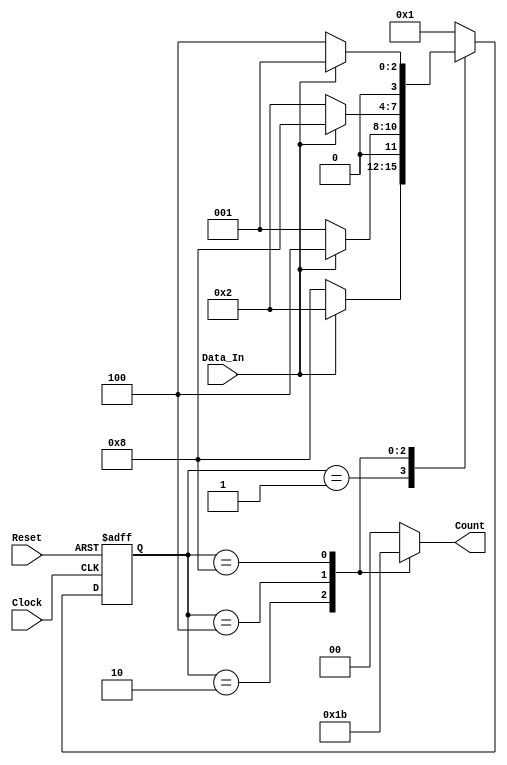
module bit_binary_up_down (
    output reg [1:0] Count,
    input wire Data_In, Clock, Reset
);

    // Declaration
    reg [3:0] Current_State, Next_State;
    parameter   C0 = 4'b0001,
                C1 = 4'b0010,
                C2 = 4'b0100,
                C3 = 4'b1000;

    // State memory
    always @ (posedge Clock or negedge Reset)
        begin
            if (!Reset)
                Current_State <= C0;
            else
                Current_State <= Next_State;
        end

    // Next state
    always @ (Current_State or Data_In)
        begin
            case (Current_State)
                C0      : if (Data_In == 1'b1) Next_State = C1;
                          else Next_State = C3;
                C1      : if (Data_In == 1'b1) Next_State = C2;
                          else Next_State = C0;
                C2      : if (Data_In == 1'b1) Next_State = C3;
                          else Next_State = C1;
                C3      : if (Data_In == 1'b1) Next_State = C0;
                          else Next_State = C2;
                default : Next_State = C0;
            endcase
        end

    // Output logic
    always @ (Current_State or Data_In)
        begin
            case (Current_State)
                C0      : Count = 2'b00;
                C1      : Count = 2'b01;
                C2      : Count = 2'b10;
                C3      : Count = 2'b11;
                default : Count = 2'b00;
            endcase
        end

endmodule

module tb_bit_binary_up_down();

    wire [1:0] count;
    reg data_in, clock, reset;

    bit_binary_up_down DUT(.Count(count), .Data_In(data_in), .Clock(clock), .Reset(reset));

    // Clock
    initial
        begin
            clock = 1'b0;
        end

    always
        begin
            #1 clock = ~clock;
        end

    // Reset
    initial
        begin
            reset = 1'b1;
        end

    initial
        begin
            $dumpfile("bit_binary_up_down.vcd");
            $dumpvars(0, tb_bit_binary_up_down);
            data_in = 1'b1;
            #3 data_in = 1'b1;
            #3 data_in = 1'b1;
            #3 data_in = 1'b1;
            #3 data_in = 1'b0;
            #3 data_in = 1'b0;
            #3 data_in = 1'b1;
            #3 data_in = 1'b1;
            $finish;
        end

endmodule